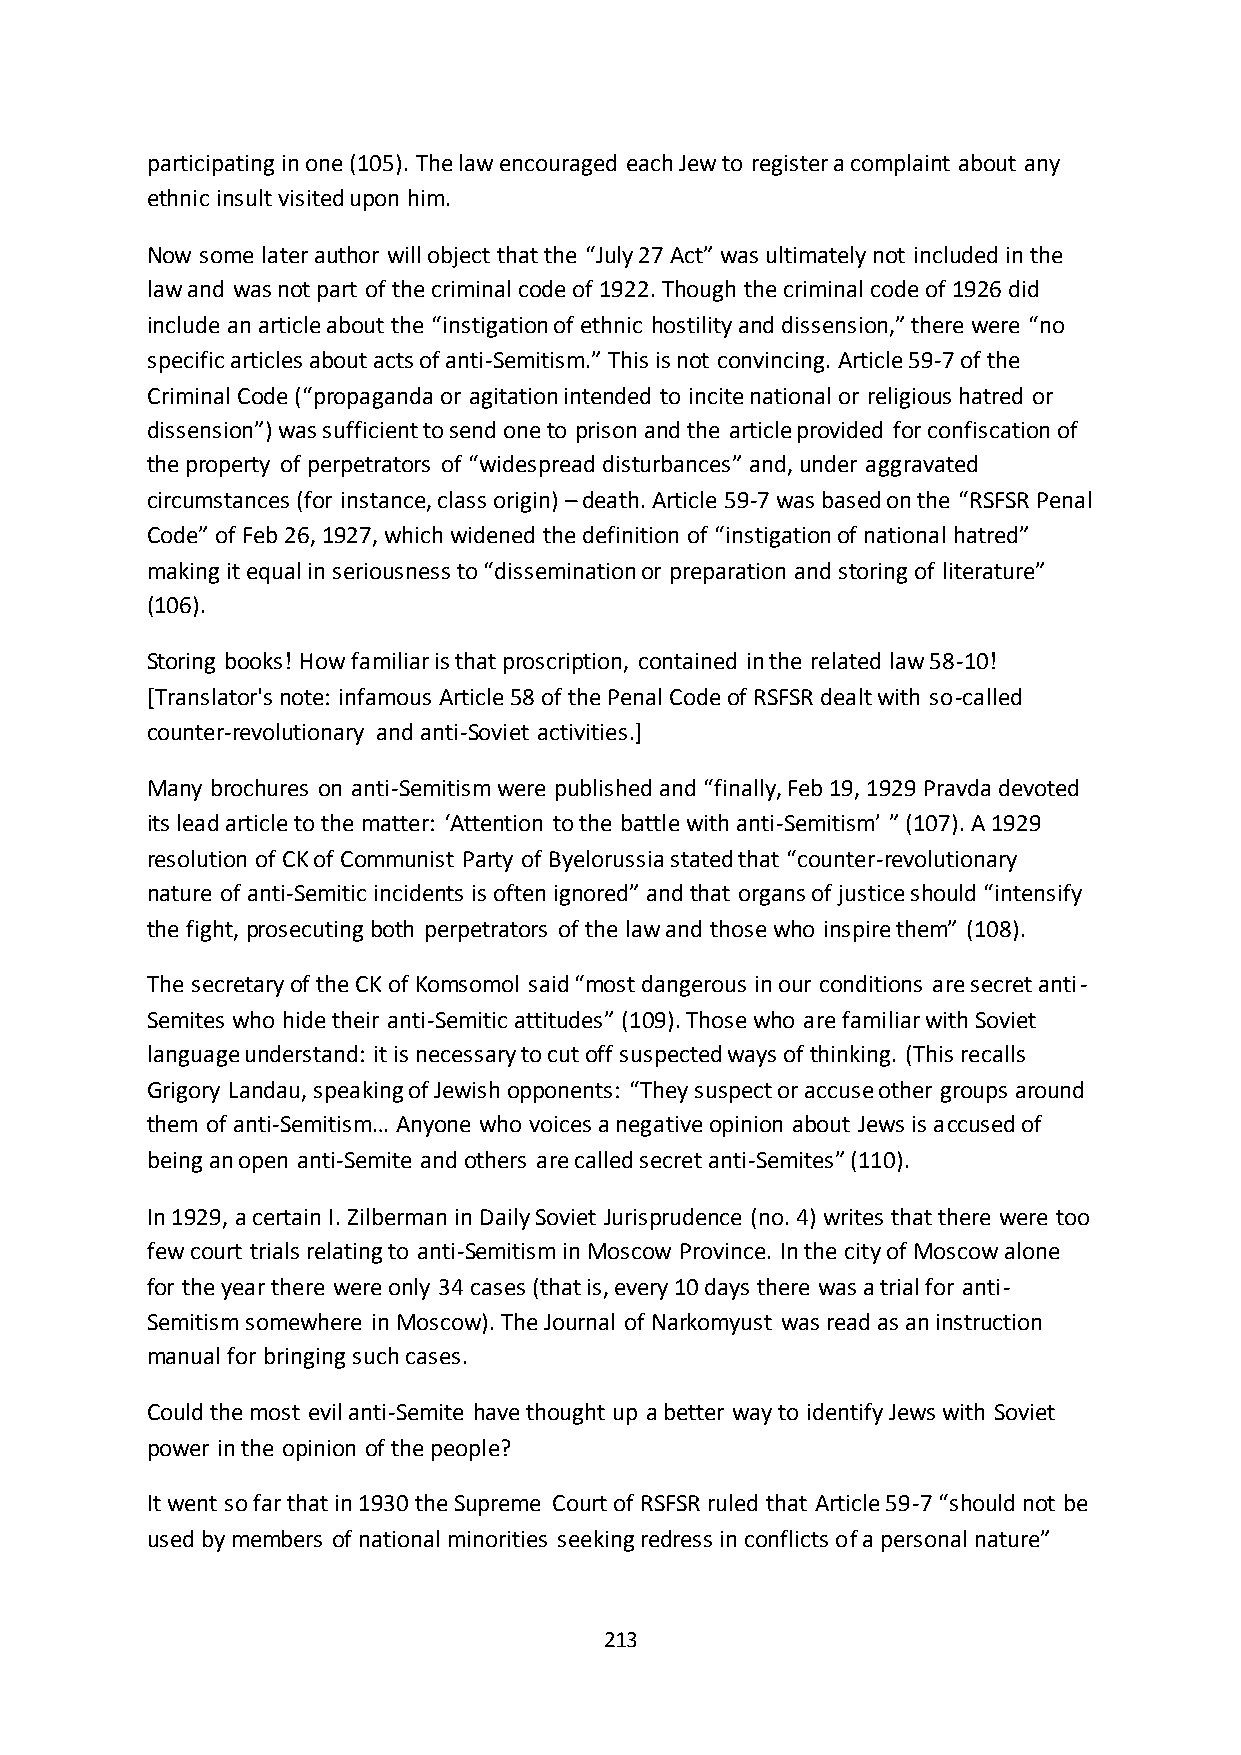
participating in one (105). The law encouraged each Jew to register a complaint about any
 ethnic insult visited upon him.
 Now some later author will object that the “July 27 Act” was ultimately not included in the
 law and was not part of the criminal code of 1922. Though the criminal code of 1926 did
 include an article about the “instigation of ethnic hostility and dissension,” there were “no
 specific articles about acts of anti-Semitism.” This is not convincing. Article 59-7 of the
 Criminal Code (“propaganda or agitation intended to incite national or religious hatred or
 dissension”) was sufficient to send one to prison and the article provided for confiscation of
 the property of perpetrators of “widespread disturbances” and, under aggravated
 circumstances (for instance, class origin) – death. Article 59-7 was based on the “RSFSR Penal
 Code” of Feb 26, 1927, which widened the definition of “instigation of national hatred”
 making it equal in seriousness to “dissemination or preparation and storing of literature”
 (106).
 Storing books! How familiar is that proscription, contained in the related law 58-10!
 [Translator's note: infamous Article 58 of the Penal Code of RSFSR dealt with so-called
 counter-revolutionary and anti-Soviet activities.]
 Many brochures on anti-Semitism were published and “finally, Feb 19, 1929 Pravda devoted
 its lead article to the matter: ‘Attention to the battle with anti-Semitism’ ” (107). A 1929
 resolution of CK of Communist Party of Byelorussia stated that “counter-revolutionary
 nature of anti-Semitic incidents is often ignored” and that organs of justice should “intensify
 the fight, prosecuting both perpetrators of the law and those who inspire them” (108).
 The secretary of the CK of Komsomol said “most dangerous in our conditions are secret anti-
 Semites who hide their anti-Semitic attitudes” (109). Those who are familiar with Soviet
 language understand: it is necessary to cut off suspected ways of thinking. (This recalls
 Grigory Landau, speaking of Jewish opponents: “They suspect or accuse other groups around
 them of anti-Semitism… Anyone who voices a negative opinion about Jews is accused of
 being an open anti-Semite and others are called secret anti-Semites” (110).
 In 1929, a certain I. Zilberman in Daily Soviet Jurisprudence (no. 4) writes that there were too
 few court trials relating to anti-Semitism in Moscow Province. In the city of Moscow alone
 for the year there were only 34 cases (that is, every 10 days there was a trial for anti-
 Semitism somewhere in Moscow). The Journal of Narkomyust was read as an instruction
 manual for bringing such cases.
 Could the most evil anti-Semite have thought up a better way to identify Jews with Soviet
 power in the opinion of the people?
 It went so far that in 1930 the Supreme Court of RSFSR ruled that Article 59-7 “should not be
 used by members of national minorities seeking redress in conflicts of a personal nature”
 213